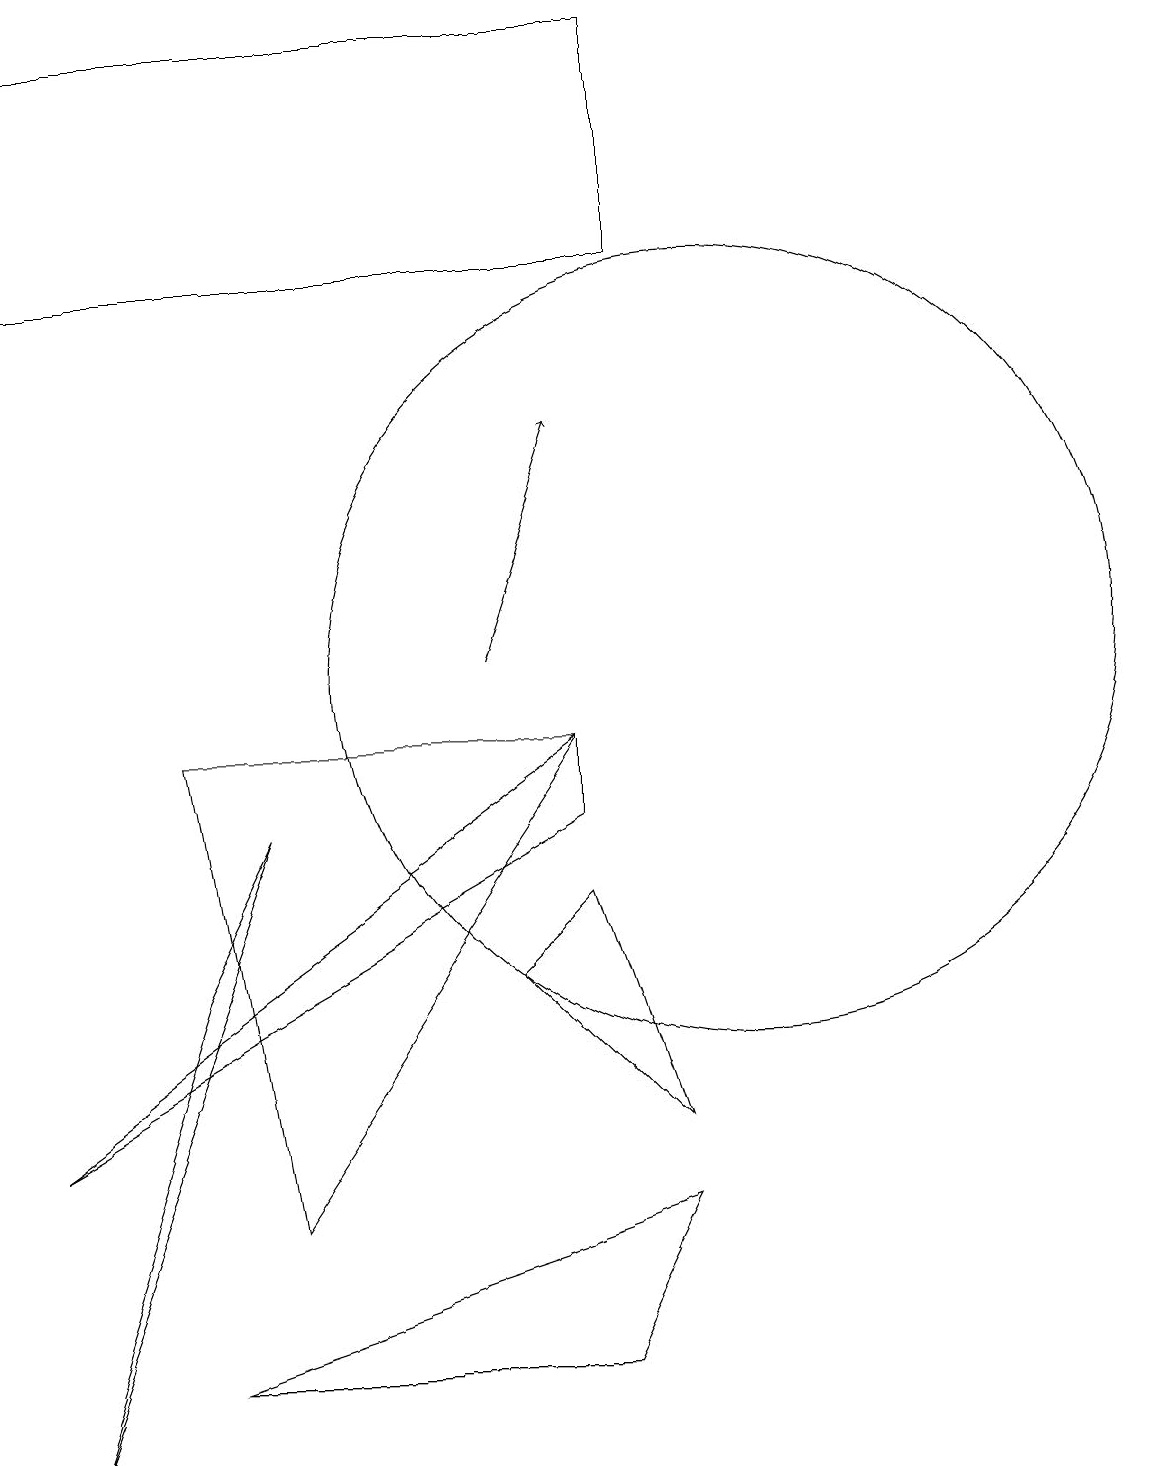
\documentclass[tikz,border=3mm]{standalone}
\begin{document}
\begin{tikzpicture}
\draw (7,6) -- (8,7) -- (9,4) -- cycle;
\draw (10,10) circle (5);
\draw (3,9) -- (4,3) -- (8,9) -- cycle;
\draw (8,8) -- (8,9) -- (1,4) -- cycle;
\draw (3,1) -- (9,3) -- (8,1) -- cycle;
\draw (1,18) rectangle (9,15);
\draw (1,0) -- (4,8) -- (3,6) -- cycle;
\draw[->] (7,10) -- (8,13);
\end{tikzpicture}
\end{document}